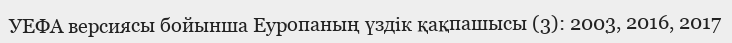
УЕФА версиясы бойынша Еуропаның үздік қақпашысы (3): 2003, 2016, 2017